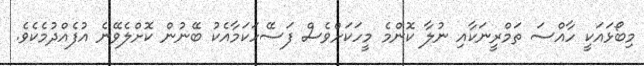
މިބޯޅައަކީ ހާއްސަ ތަމްރީނަކާއި ނުލާ ކޮންމެ މީހަކަށްވެސް ފަސޭހަކަމާއެކު ބޭނުން ކޮށްލެވޭނެ އުފެއްދުމެކެވެ.